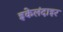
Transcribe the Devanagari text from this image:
इकेलंदाइर